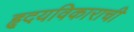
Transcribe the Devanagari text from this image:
हृदयविकाराची